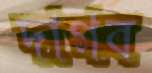
দাগব